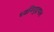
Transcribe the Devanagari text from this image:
ध्वनिमुद्रणात